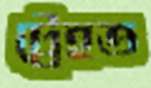
ট্রেহত